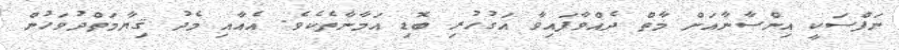
ނަފްސަކީ އިންސާނާއަށް މާތް ދެއްވާފައިވާ އަގުހުރި ބޮޑި އަމާނާތެކެވެ. އެއާއި މެދު ޤިޔާމަތްދުވަހުން